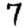
Digit: 7